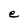
Character: e